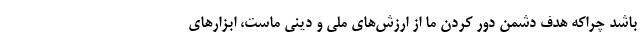
باشد چراکه هدف دشمن دور کردن ما از ارزش‌های ملی و دینی ماست، ابزارهای